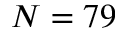
N = 7 9